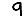
Digit: 9